Tezpur Lunatic Asylum reports 1895-1904 - 1895-1904
Year: 1895
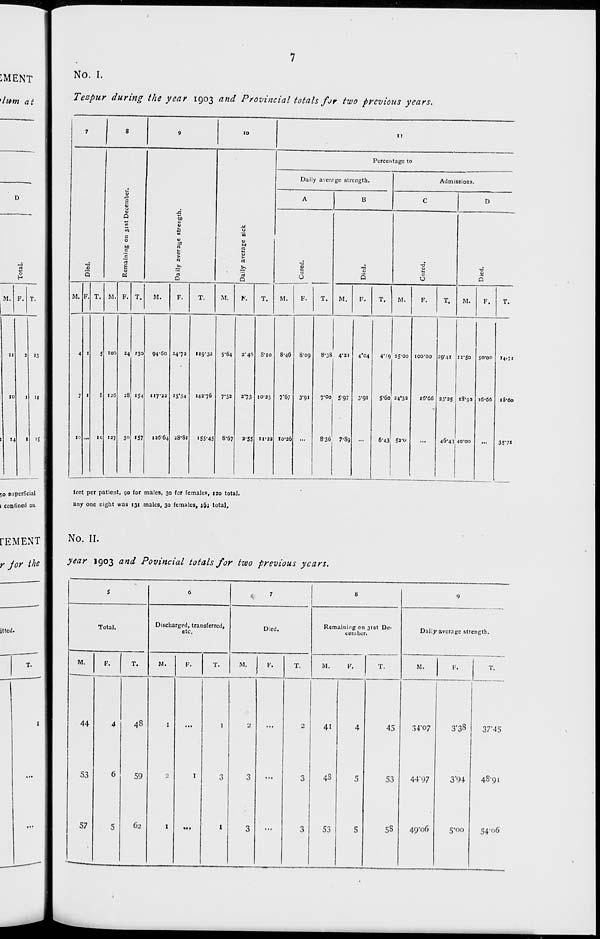
No. I.
Tezpur during the year 1903 and Provincial totals for two previous years.
7
8
9
10
II
•d
V
3
E
41
2
Q
«
c
0
u
£
JO
u
M
n
0
>
id
^.
n
D
M
O
<o
bo
2
u
>
rt
rt
Q
Percentage to
Daily avcrrgc strength.
Admissions.
A
B
C
D
73
8
•t5
5
-0
u
-t3
Q
M. P. T. M. F. T.
M.
F.
T.
M.
F.
T.
M.
F.
T.
M.
F.
T.
M.
F.
T.
M.
F.
T.
4
7
10
1
1
5
S
IC
IOD
126
127
24
28
30
130
«54
157
94-60
117-22
126-64
24-72
25*54
28-81
119-32
142-76
•55-45
5*64
7-52
8-67
2-40
2*73
2-55
8-io
10-25
11-22
8-46
7*67
10-26
8-09
3"9'
8-38
7-00
8-36
1--
5-97
7-8g
4-04
3'9*
4-19
J-6o
6*43
25-00
24*32
52-o
IOO'OO
16-66
29-41
23*25
46-43
12-50
18-92
40-00
50-00
16-66
14.71
18-60
3S'7i
feet per patient, 90 for males, 30 for females, 120 total,
any one night was 131 males, 30 females, i6i total.
rEMENT ||
No. II.
for the || y* ar , 9°3 anc^ Povincial totals for two previous years.
s
6
7
8
9
Total.
Discharged, transferred,
etc.
Died.
Remaining on 31st De-
cember.
Daily average strength.
M.
F.
T.
M.
F.
T.
M.
F.
T.
M.
F.
T.
M.
F.
T.
44
53
57
4
6
5
48
59
62
I
1
I
I
3
1
3
3
...
2
3
3
41
4S
53
4
5
5
45
53
58
34-07
44-97
49'o6
3*38
3*94
5-00
37*45
48-91
5406